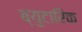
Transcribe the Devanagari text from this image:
ब्युटारिक